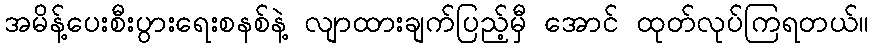
အမိန့်ပေးစီးပွားရေးစနစ်နဲ့ လျာထားချက်ပြည့်မှီ အောင် ထုတ်လုပ်ကြရတယ်။